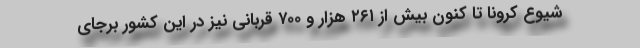
شیوع کرونا تا کنون بیش از ۲۶۱ هزار و ۷۰۰ قربانی نیز در این کشور برجای